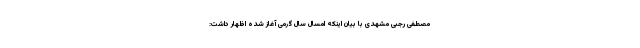
مصطفی رجبی مشهدی با بیان اینکه امسال سال گرمی آغاز شده اظهار داشت: